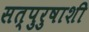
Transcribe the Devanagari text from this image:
सत्पुरुषाशी